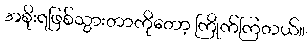
အစိုးရဖြစ်သွားတာကိုတော့ ကြိုက်ကြတယ်။